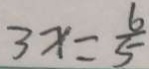
3 x = \frac { 6 } { 5 }